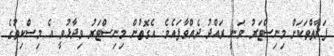
ފަރާތްތަކަށް މިނިސްޓަރު ވަނީ ރައްދު ދެއްވާފައެވެ. އެގޮތުން މިނިސްޓަރު ވިދާޅުވީ އެ މިސްކިތުގެ